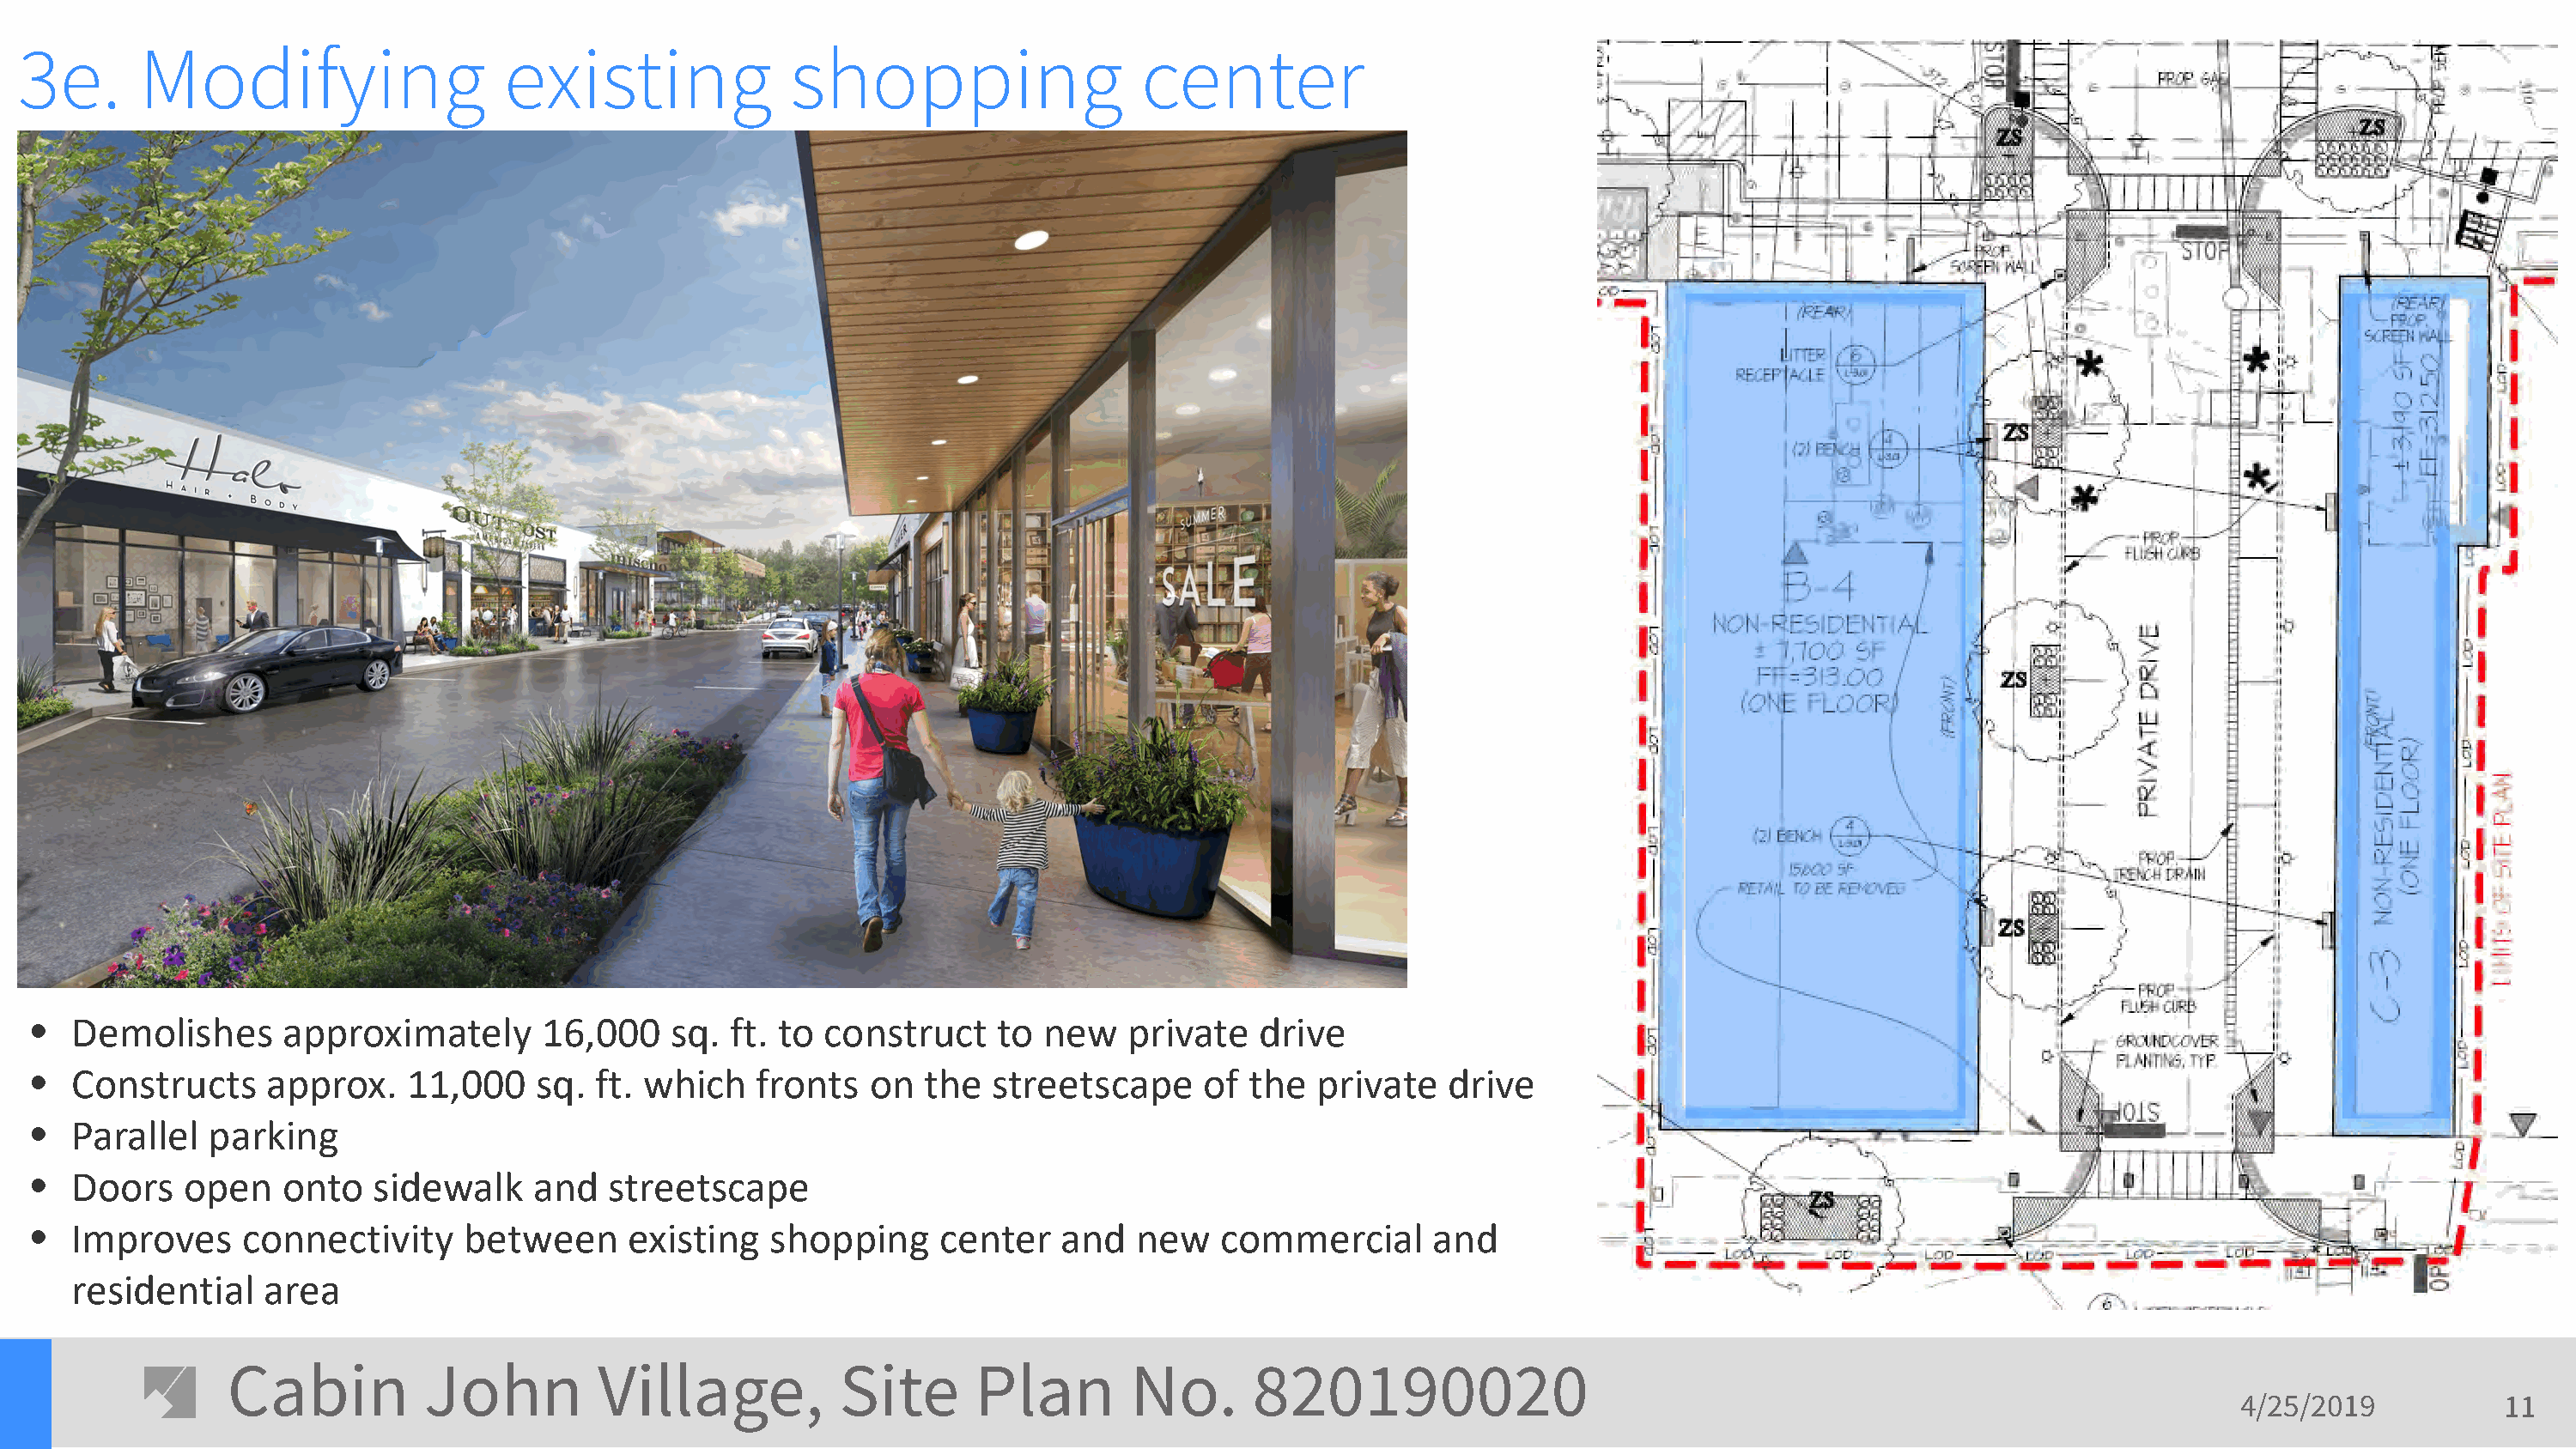
3e.       Modifying                   existing              shopping                   center
 •  Demolishes       approximately       16,000    sq. ft. to  construct    to new    private   drive
 •  Constructs      approx.   11,000    sq.  ft. which   fronts   on  the   streetscape     of the   private   drive
 •  Parallel   parking
 •  Doors    open    onto   sidewalk    and   streetscape
 •  Improves      connectivity     between     existing   shopping     center    and   new   commercial      and
 residential    area
 Cabin          John         Village,           Site      Plan        No.       820190020
 4/25/2019           11